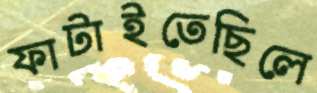
ফাটাইতেছিলে